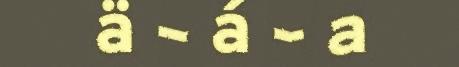
ä – á – a